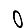
Digit: 0